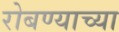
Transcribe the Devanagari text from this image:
रोबण्याच्या